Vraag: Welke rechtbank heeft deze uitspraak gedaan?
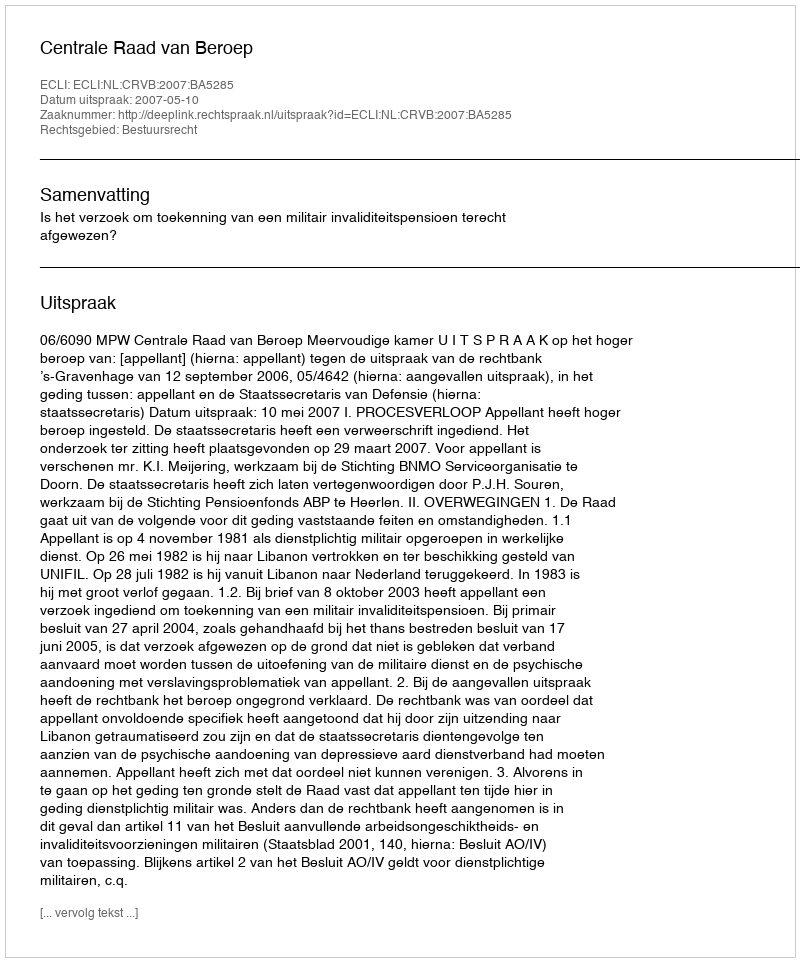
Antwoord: Centrale Raad van Beroep